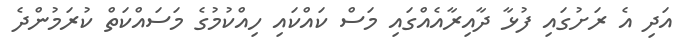
އަދި އެ ރަށުގައި ފުޅާ ދާއިރާއެއްގައި މަސް ކައްކައި ހިއްކުމުގެ މަސައްކަތް ކުރަމުންދެ